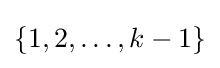
\{1,2,\ldots ,k-1\}